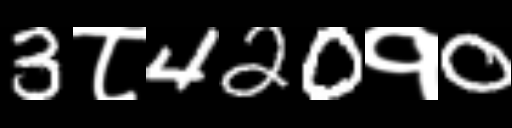
Text: 3८420१0